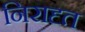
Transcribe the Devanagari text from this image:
निरादृत